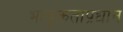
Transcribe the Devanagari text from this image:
भावुकताप्रधान